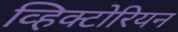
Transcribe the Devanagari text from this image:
व्हिक्टोरियन